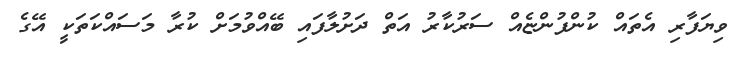
ވިޔަފާރި އެތައް ކުންފުންޏެއް ސަރުކާރު އަތް ދަށުލާފައި ބޭއްވުމަށް ކުރާ މަސައްކަތަކީ އޭގެ